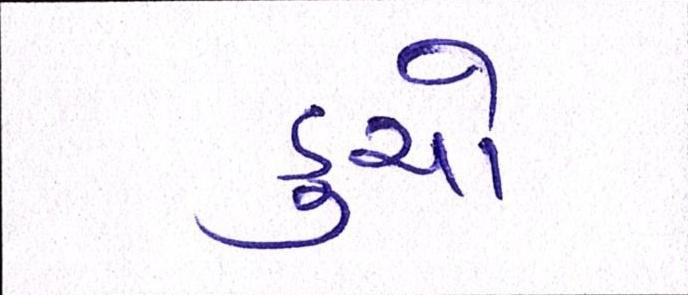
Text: ડુચો